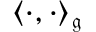
\langle \cdot , \cdot \rangle _ { \mathfrak { g } }